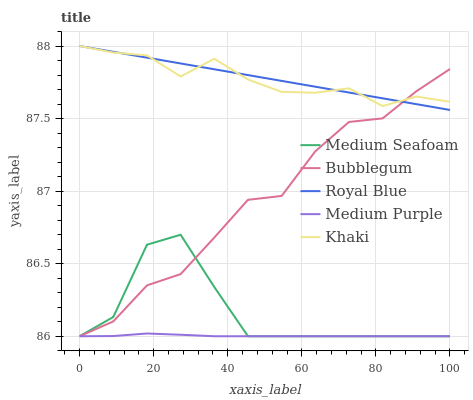
| xaxis_label | Medium Seafoam | Bubblegum | Royal Blue | Medium Purple | Khaki |
 | --- | --- | --- | --- | --- | --- |
 | 0 | 86 | 86 | 88 | 86 | 88 |
 | 9.09 | 86.1 | 86.1 | 88 | 86 | 88 |
 | 18.2 | 86.6 | 86.4 | 87.9 | 86 | 87.9 |
 | 27.3 | 86.7 | 86.4 | 87.9 | 86 | 87.8 |
 | 36.4 | 86.3 | 86.7 | 87.8 | 86 | 87.9 |
 | 45.5 | 86 | 86.9 | 87.8 | 86 | 87.8 |
 | 54.5 | 86 | 87 | 87.8 | 86 | 87.7 |
 | 63.6 | 86 | 87.3 | 87.7 | 86 | 87.7 |
 | 72.7 | 86 | 87.5 | 87.7 | 86 | 87.7 |
 | 81.8 | 86 | 87.5 | 87.6 | 86 | 87.6 |
 | 90.9 | 86 | 87.7 | 87.6 | 86 | 87.7 |
 | 100 | 86 | 87.8 | 87.6 | 86 | 87.6 |